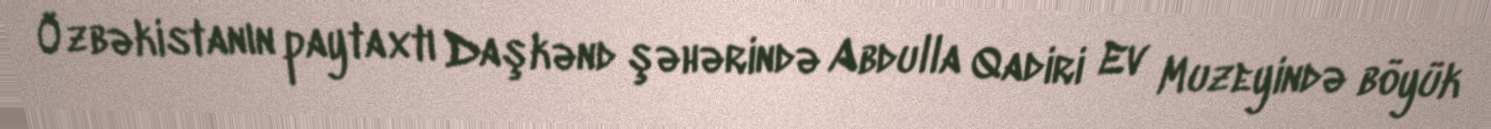
Özbəkistanın paytaxtı Daşkənd şəhərində Abdulla Qadiri Ev Muzeyində böyük